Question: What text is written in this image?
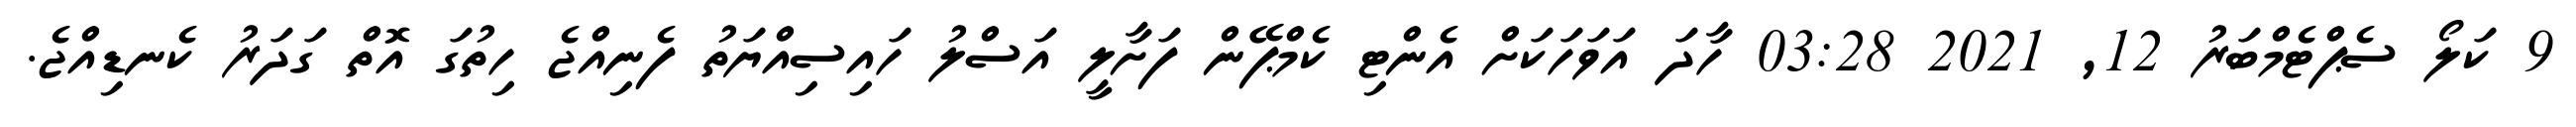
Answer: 9 ކަލޯ ސެޕްޓެމްބަރު 12, 2021 03:28 ހާދަ އަވަހަކަށް އެންޓި ކެމްޕޭން ފަށާލީ އަސްލު ހައިސިއްޔަތު ފެނިއްޖެ ހިތުގަ އޮތް ގަދަރު ކެނޑިއްޖެ.